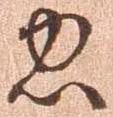
忠